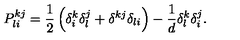
P _ { l i } ^ { k j } = \frac 1 2 \left( \delta _ { i } ^ { k } \delta _ { l } ^ { j } + \delta ^ { k j } \delta _ { l i } \right) - \frac 1 d \delta _ { l } ^ { k } \delta _ { i } ^ { j } .